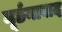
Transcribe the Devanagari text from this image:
मूर्छनावाद